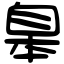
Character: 𦤎